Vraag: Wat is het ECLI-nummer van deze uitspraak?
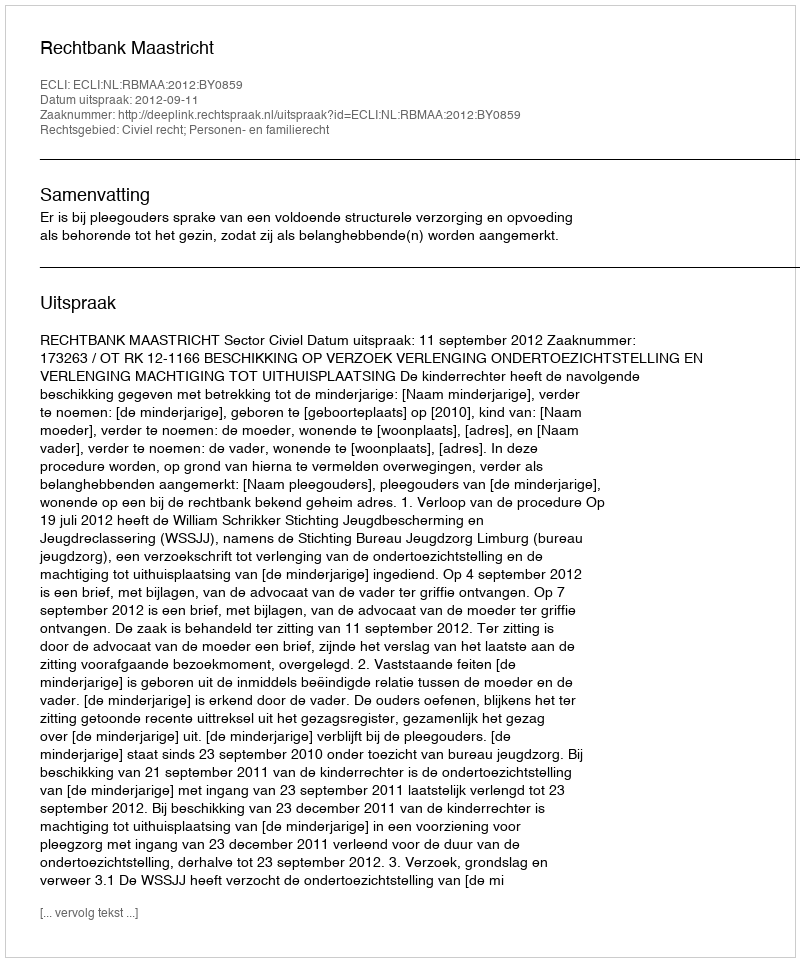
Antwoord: ECLI:NL:RBMAA:2012:BY0859